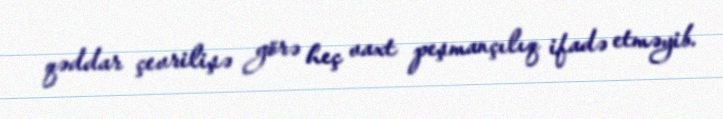
qəddar çevrilişə görə heç vaxt peşmançılıq ifadə etməyib.